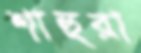
শাহুরা